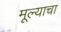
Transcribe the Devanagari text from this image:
मूल्याचा